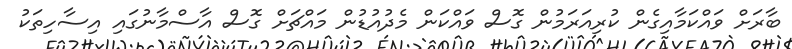
ބާރަށް ވައްކަމާއިގެން ކުރިއަރަމުން ގޮސް ވައްކަން މެދުއުޑުން މައްޗަށް ގޮސް އާސްމާނުގައި އިސާހިތަކު